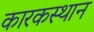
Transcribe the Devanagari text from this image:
कारकस्थान